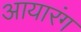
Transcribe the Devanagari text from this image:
आयारंग